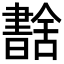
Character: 𦧶